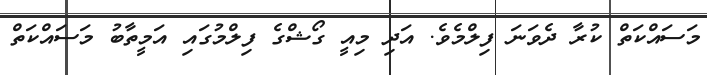
މަސައްކަތް ކުރާ ދެވަނަ ފިލްމެވެ. އަދި މިއީ ގޯޝްގެ ފިލްމުގައި އަމީތާބު މަސައްކަތް